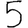
Digit: 5